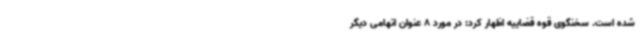
شده است. سخنگوی قوه قضاییه اظهار کرد:‌ در مورد 8 عنوان اتهامی دیگر